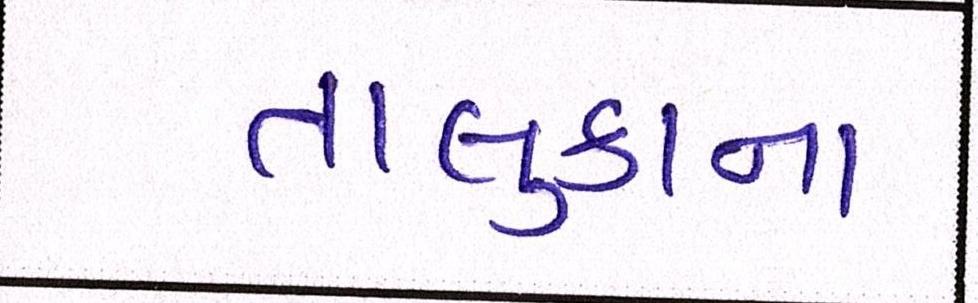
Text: તાલુકાના